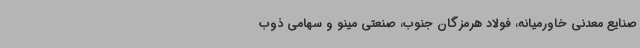
صنایع معدنی خاورمیانه، فولاد هرمزگان جنوب، صنعتی مینو و سهامی ذوب